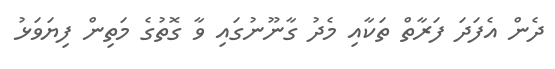
ދެން އެފަދަ ފަރާތް ތަކާއި މެދު ގާނޫނުގައި ވާ ގޮތުގެ މަތިން ފިޔަވަޅު